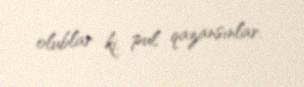
olublar ki, pul qazansınlar.